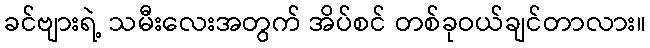
ခင်ဗျားရဲ့ သမီးလေးအတွက် အိပ်စင် တစ်ခုဝယ်ချင်တာလား။